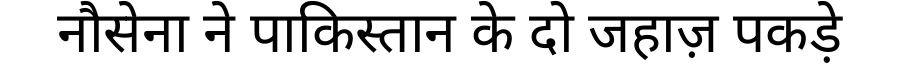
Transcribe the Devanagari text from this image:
नौसेना ने पाकिस्तान के दो जहाज़ पकड़े